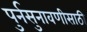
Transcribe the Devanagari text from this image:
पुर्नसुनावणीसाठी